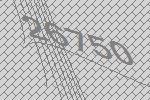
26750